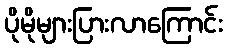
ပိုမိုများပြားလာကြောင်း